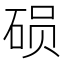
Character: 𬒍